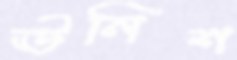
ঊনিশ